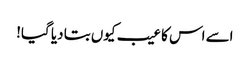
اسے اس کا عیب کیوں بتا دیا گیا!